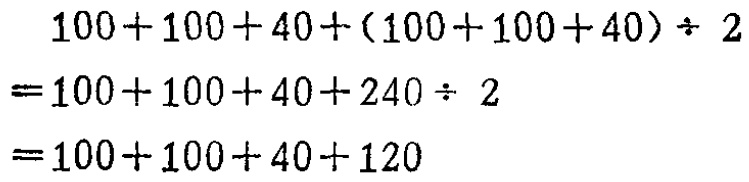
\[
\begin{align*}
&100 + 100 + 40+(100 + 100 + 40)\div2\\
=&100 + 100 + 40+240\div2\\
=&100 + 100 + 40+120
\end{align*}
\]